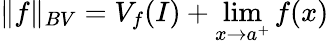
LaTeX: \| f\| _{BV}=V_{f}(I)+\lim_{x\to a^{+}}f(x)